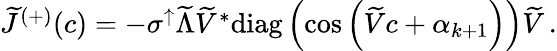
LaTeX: \begin{array}{r}{\widetilde{J}^{(+)}(c)=-\sigma^{\uparrow}\widetilde{\Lambda}\widetilde{V}^{*}\mathrm{diag}\left(\cos\left(\widetilde{V}c+\alpha_{k+1}\right)\right)\widetilde{V}\, .}\end{array}